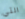
التي